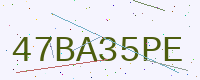
Text: 47BA35PE